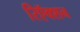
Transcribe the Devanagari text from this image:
रिऍक्शन